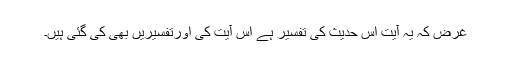
غرض کہ یہ آیت اس حدیث کی تفسیر ہے اس آیت کی اورتفسیریں بھی کی گئی ہیں۔